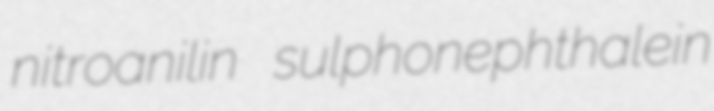
nitroanilin sulphonephthalein